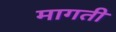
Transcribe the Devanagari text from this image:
मागती